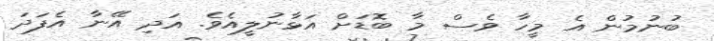
ބުނުމުން އެ މީހާ ވެސް މާ ބޮޑަށް އަޅާނުލީއެވެ. އަދި އޭނާ އެފަދަ